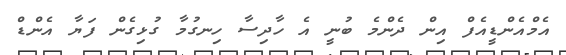
އެމްއެންޑީއެފް އިން ދެންމެ ބުނީ އެ ހާދިސާ ހިނގުމާ ގުޅިގެން ފަޔާ އެންޑް